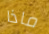
ماذا